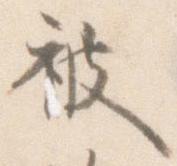
被